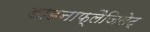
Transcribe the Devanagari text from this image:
डाइनाफ्लैजिलेट्